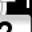
Digit: 7